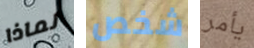
لماذا شخص يأمر